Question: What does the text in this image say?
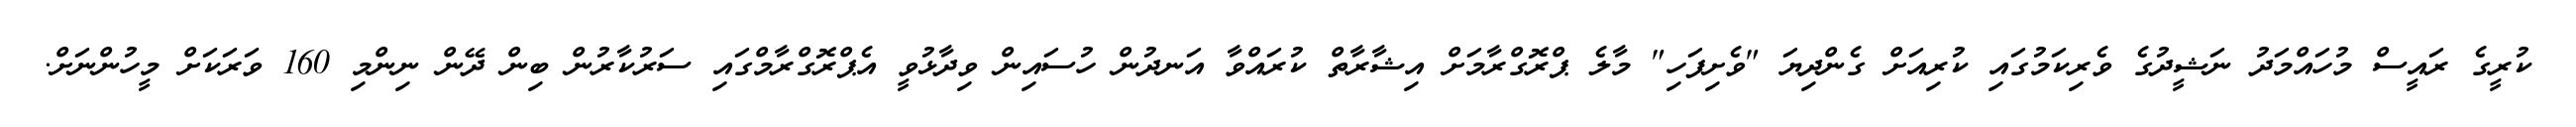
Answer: ކުރީގެ ރައީސް މުހައްމަދު ނަޝީދުގެ ވެރިކަމުގައި ކުރިއަށް ގެންދިޔަ "ވެށިފަހި" މާލެ ޕްރޮގްރާމަށް އިޝާރާތް ކުރައްވާ އަނދުން ހުސައިން ވިދާޅުވީ އެޕްރޮގްރާމްގައި ސަރުކާރުން ބިން ދޭން ނިންމި 160 ވަރަކަށް މީހުންނަށް.